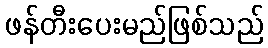
ဖန်တီးပေးမည်ဖြစ်သည်